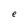
Character: e